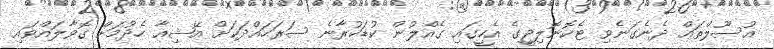
އުސޫލްތައް ދެނެގަނެވި ޓެކޮނޮލިޖީގެ އެހީގައި ގެއްލުން ކުޑަކުރާނެ ސަރަހައްދަކަށް އޭޝިއާ ހެދުމަށް ގޮވާލައްވައި